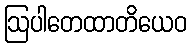
ဩပါတေထာတိယေဝ